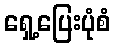
ရှေ့ပြေးပုံစံ